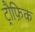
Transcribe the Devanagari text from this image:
ट्रौफ़िक